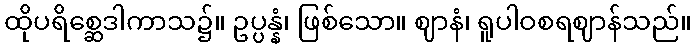
ထိုပရိစ္ဆေဒါကာသ၌။ ဥပ္ပန္နံ၊ ဖြစ်သော။ ဈာနံ၊ ရူပါဝစရဈာန်သည်။